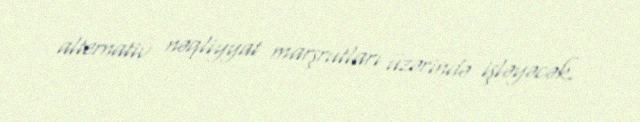
alternativ nəqliyyat marşrutları üzərində işləyəcək.